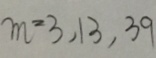
m = 3 , 1 3 , 3 9